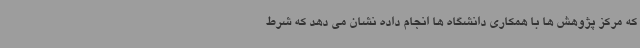
که مرکز پژوهش ها با همکاری دانشگاه ها انجام داده نشان می دهد که شرط